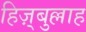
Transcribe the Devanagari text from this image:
हिज़्बुल्लाह